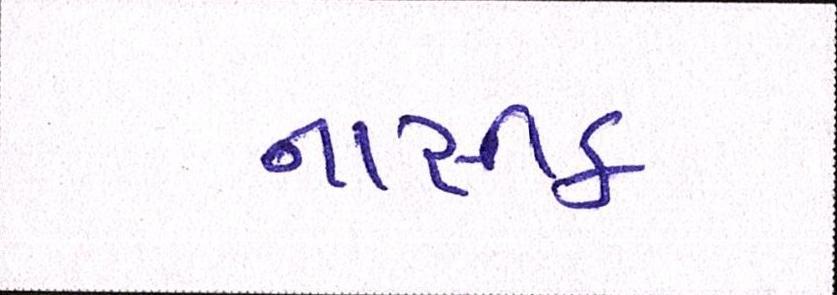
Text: નાસીક